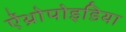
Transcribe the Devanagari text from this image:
ऐंथ्रोपोइडिया